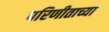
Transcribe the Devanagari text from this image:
परिणीताच्या